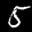
Label: 5